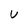
Character: U